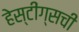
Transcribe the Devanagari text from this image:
हेस्टींग्सची